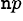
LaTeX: ^{\mathtt{n}p}